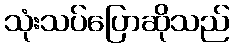
သုံးသပ်ပြောဆိုသည်